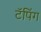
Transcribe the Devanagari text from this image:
टॅपिंग